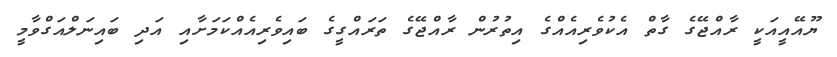
ޔޫއޭއީއަކީ ރާއްޖޭގެ ގާތް އެކުވެރިއެއްގެ އިތުރުން ރާއްޖޭގެ ތަރައްގީގެ ބައިވެރިއެއްކަމަށާއި އަދި ބައިނަލްއަގްވާމީ